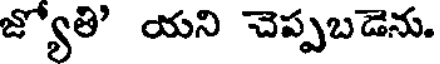
జ్యోతి' యని చెప్పబడెను.